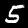
Digit: 5